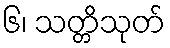
၆၊ သတ္တိသုတ်